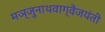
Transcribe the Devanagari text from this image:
मञ्जुनाथवाग्वैजयंती